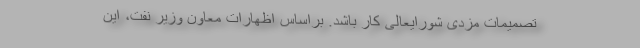
تصمیمات مزدی شورایعالی کار باشد. براساس اظهارات معاون وزیر نفت، این